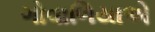
ગોવાળિયાએ